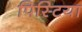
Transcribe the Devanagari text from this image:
पिस्टिया